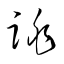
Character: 跳